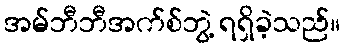
အမ်ဘီဘီအက်စ်ဘွဲ့ ရရှိခဲ့သည်။